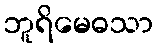
ဘူရိမေဓသာ